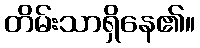
တိမ်းသာရှိနေ၏။